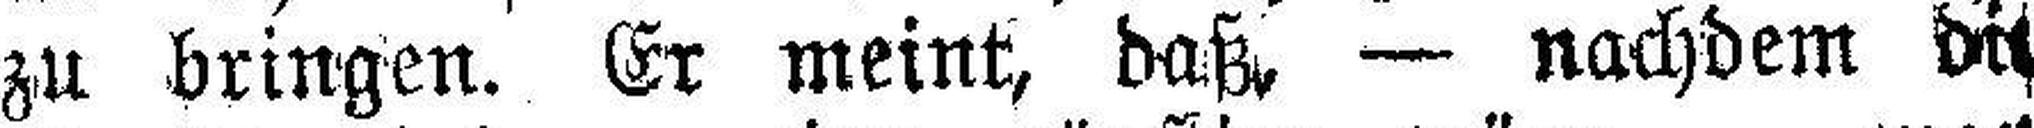
zu bringen. Er meint, daß, — nachdem die